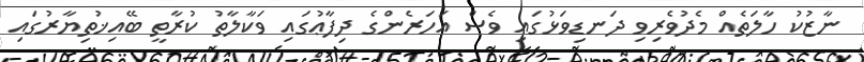
ނާޒުކު ހާލަތެއް މެދުވެރިވި ދަނޑިވަޅުގައި ވެސް އަހަރެންގެ ދިފާޢުގައި ވަކާލާތު ކުރާތީ ބޭއިޚުތިޔާރުގައި